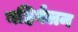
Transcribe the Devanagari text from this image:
बहिर्वलन